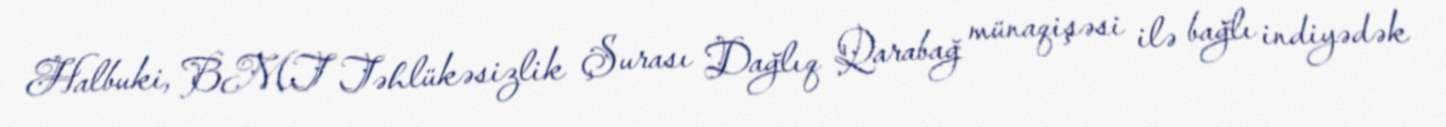
Halbuki, BMT Təhlükəsizlik Şurası Dağlıq Qarabağ münaqişəsi ilə bağlı indiyədək